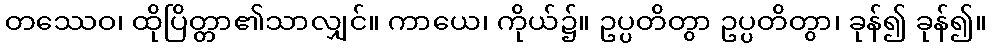
တဿေဝ၊ ထိုပြိတ္တာ၏သာလျှင်။ ကာယေ၊ ကိုယ်၌။ ဥပ္ပတိတွာ ဥပ္ပတိတွာ၊ ခုန်၍ ခုန်၍။